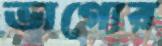
ভাগ্যের